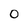
Character: 0